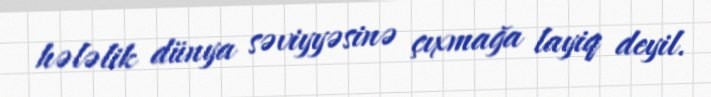
hələlik dünya səviyyəsinə çıxmağa layiq deyil.